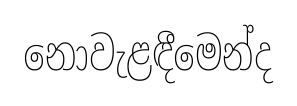
නොවැළඳීමෙන්ද